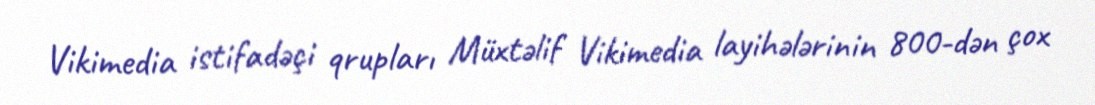
Vikimedia istifadəçi qrupları Müxtəlif Vikimedia layihələrinin 800-dən çox